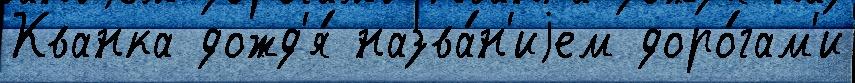
Кванка дожд'я́ назва́н'иjем доро́гам'и